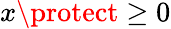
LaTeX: x\protect\geq 0